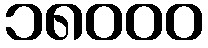
၁၈၀၀၀